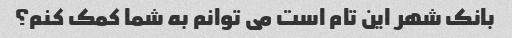
بانک شهر این تام است می توانم به شما کمک کنم؟